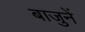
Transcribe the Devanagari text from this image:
बाजुनें